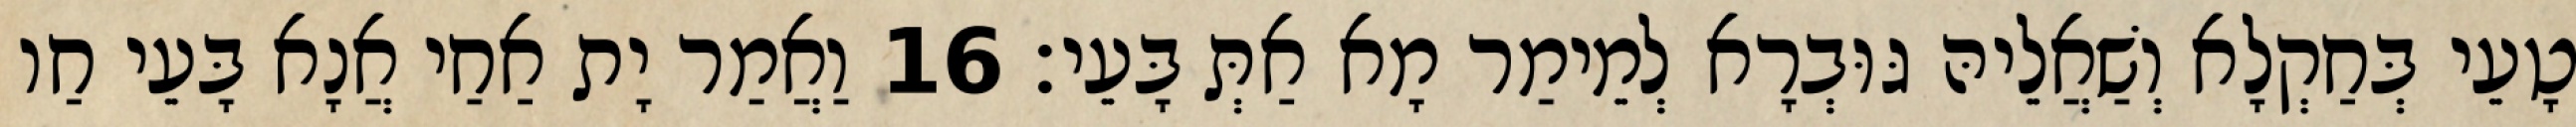
טָעֵי בְּחַקְלָא וְשַׁאֲלֵיהּ גּוּבְרָא לְמֵימַר מָא אַתְּ בָּעֵי׃ 16 וַאֲמַר יָת אַחַי אֲנָא בָּעֵי חַו